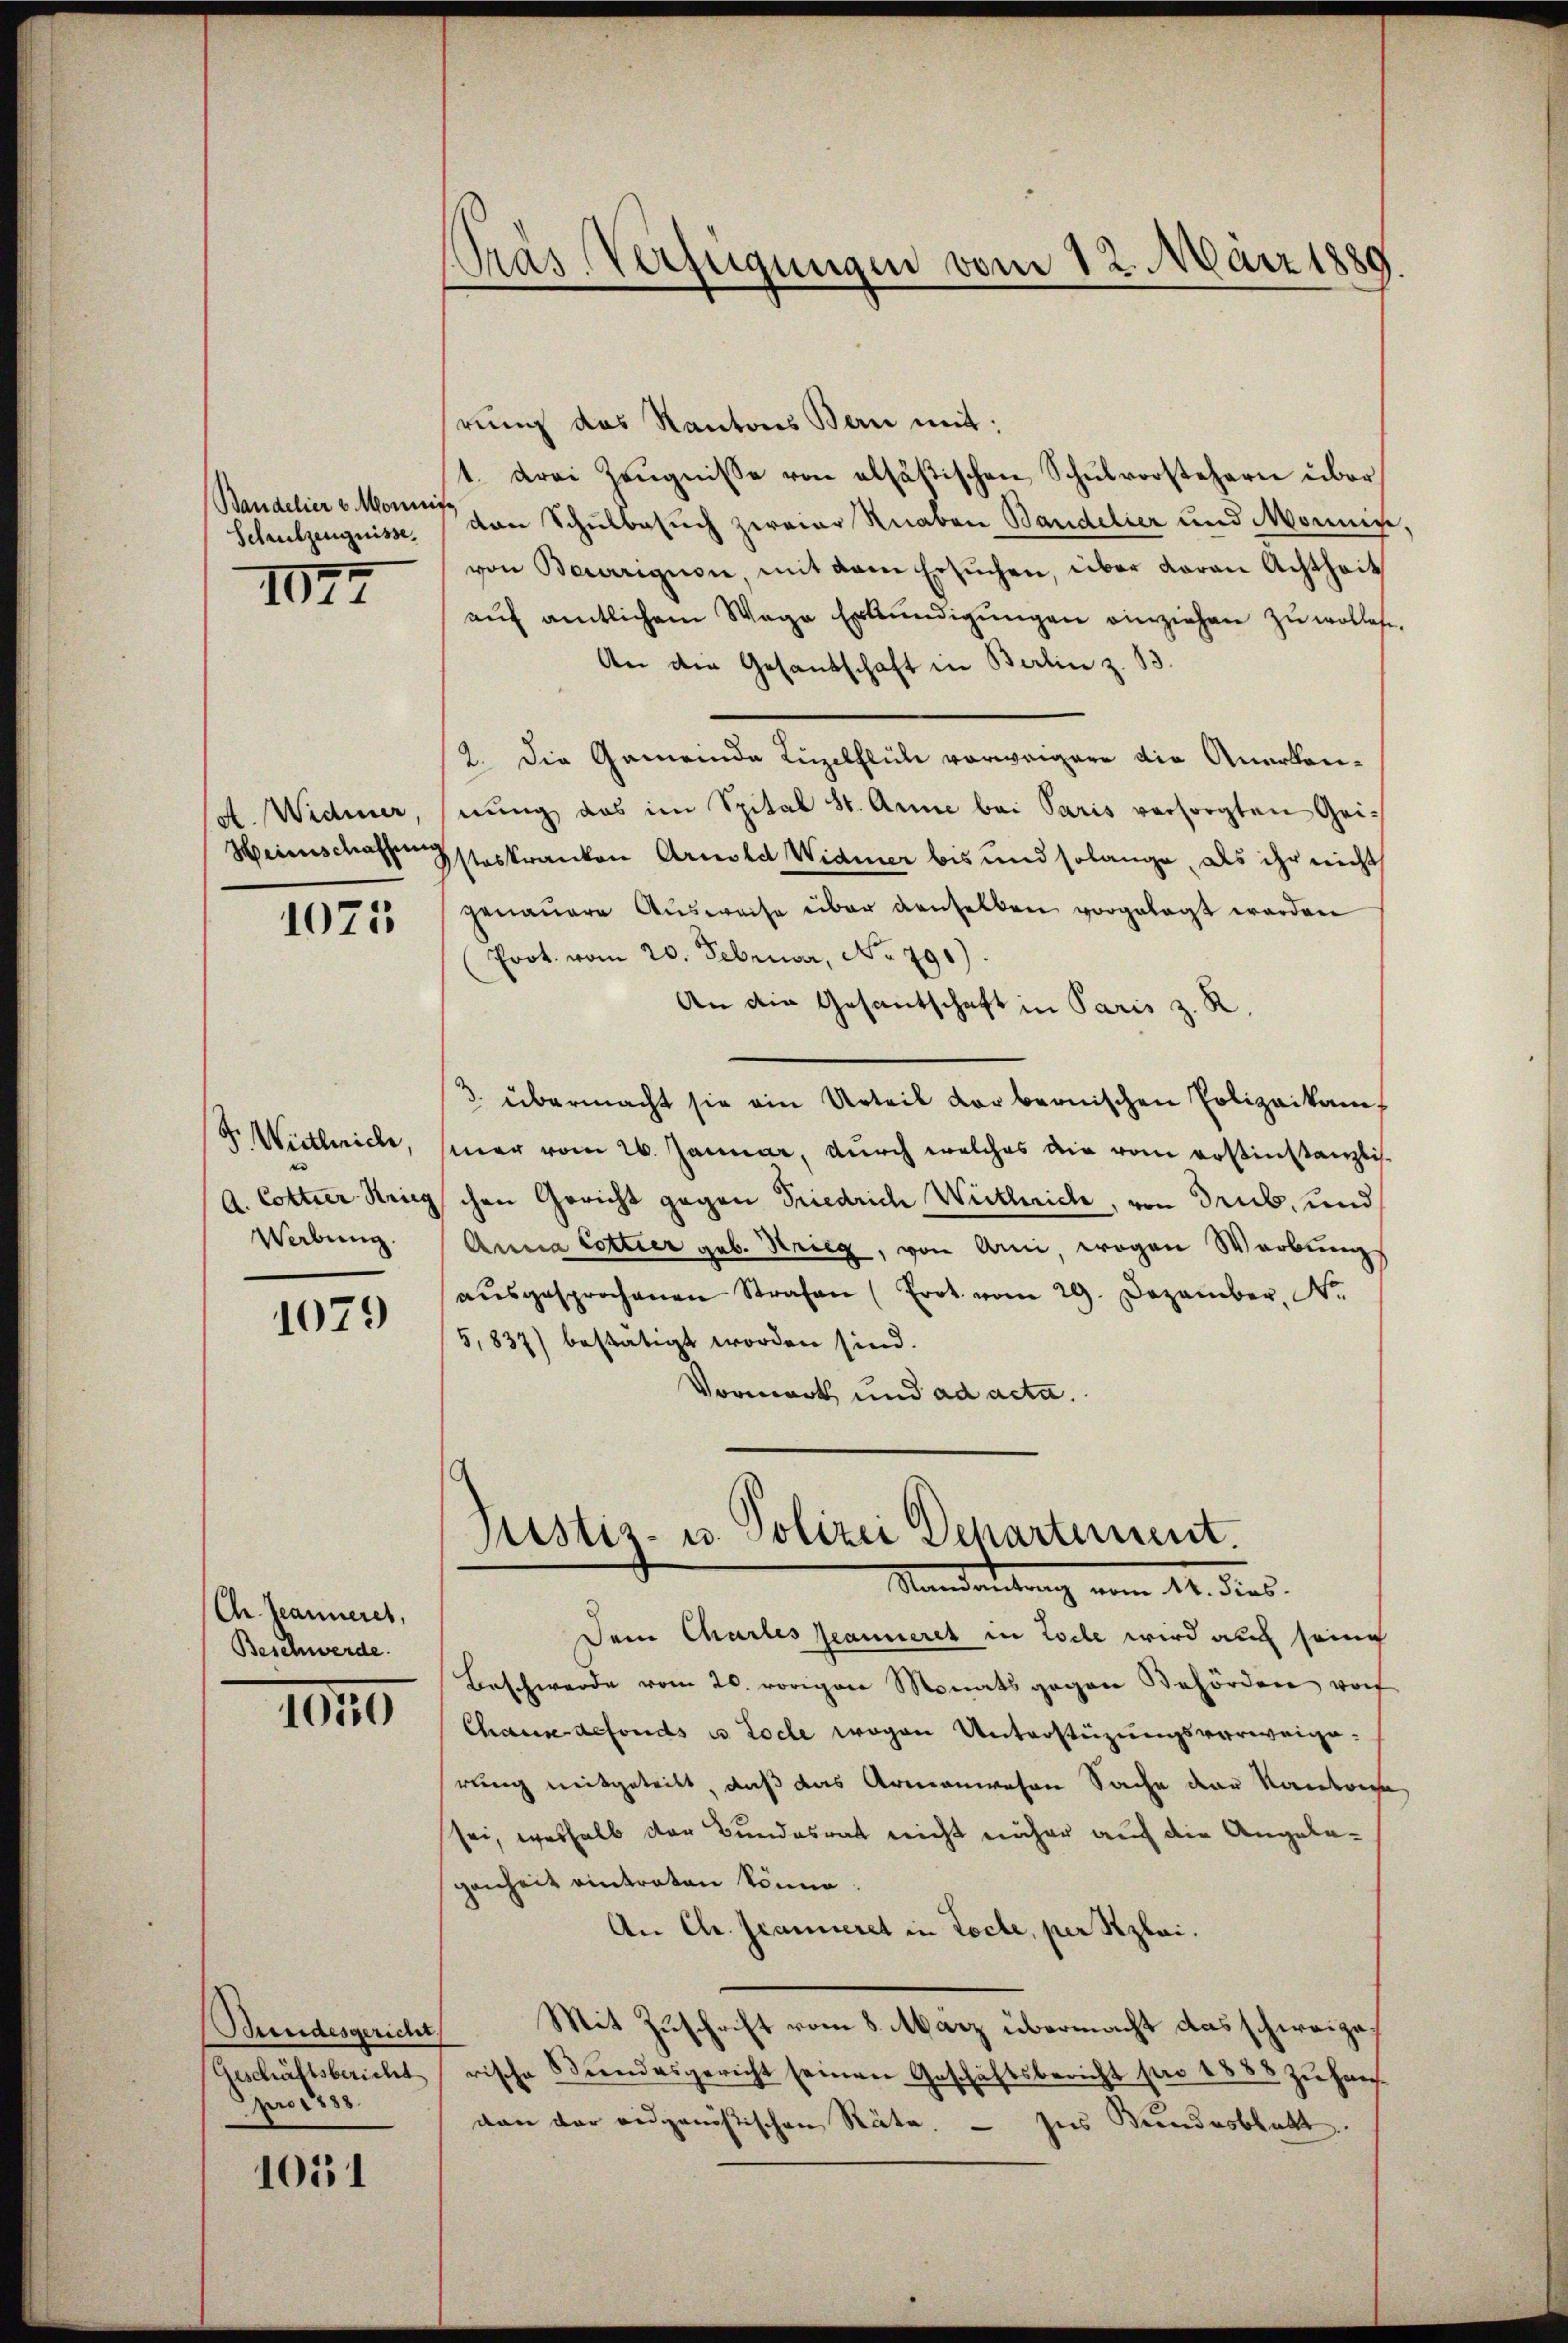
Bandelier v. Moni
Schulzeugnisse.

1072

A. Widmer,
Heinschaffung

1075

F. Wietlerich,
e
A. Cottier-Krieg
Werbung.

1079

Chr. Jeanneres,
Beschwerde.

III5

Bundesgericht
Geschäftsbericht
pro 1888.

1051

Pras Verfügungen vom 12. März 1889.

rung des Kantons Bern mit:
t. drei Zeŭgnisse von alsostischen Schŭlvorstehern über
t
von Schulbesuch zweier Knaben Bandelier und Monnige
von Baurigion mit dem Ersŭchen, über daran Achtheit
aŭf amtlichem Wage Erkŭndigŭngen einziehen zu wollege.
An dem Gesandschaft in Berlin z. B.
2. Die Gemeinde Luzelflüh vorweigere die Anerkannung das im Spital St. Anne bei Paris versorgten Gei¬
Isteskranken Arnold Widmer bis und solange, als ihr nicht
genauere Aŭsweise über denselben vorgelegt werden
Prot. vom 20. Februar, No 790)
An die Gesantschaft in Paris z. R.
3. übermacht sie ein Urteil der bernischen Polizeikam,
mer vom 26. Januar, durch welches die vom erstinstanzlis
chen Gericht gegen Friedrich Weitlich, von drub, und
Anna Cottier geb. Krieg, von Ami wegen Werbungs
aŭsgesprochenen Strafen (Erot vom 29. Dezember, N.
5,837) bestätigt worden sind.
Vormark und ad acta.
Justiz- u. Polizei Departement.
Mandendung vom 14. dies.
Dein Chartes Jeanneret in Code wird auch seine
Beschwerde vom 20. vorigen Monats gegen Behörden vo
Chaus defonds u. Loche wegen Unterstüzungsverweige.
rung mitgeteilt, daß das Armenwesen Sache der Kantone
sei, weshalb der Bundesrat nicht näher auf die Angelegenheit eintreten könne.
An Chr. Granieret in Tocle, per Kzlai.
Mit Zuschrift vom 8. März übermacht das schweizerische Bŭndesgericht seinen Geschäftsbericht pro 1888 zŭ han-
van der eidgenößischen Räte. - Ins Bundesblatt